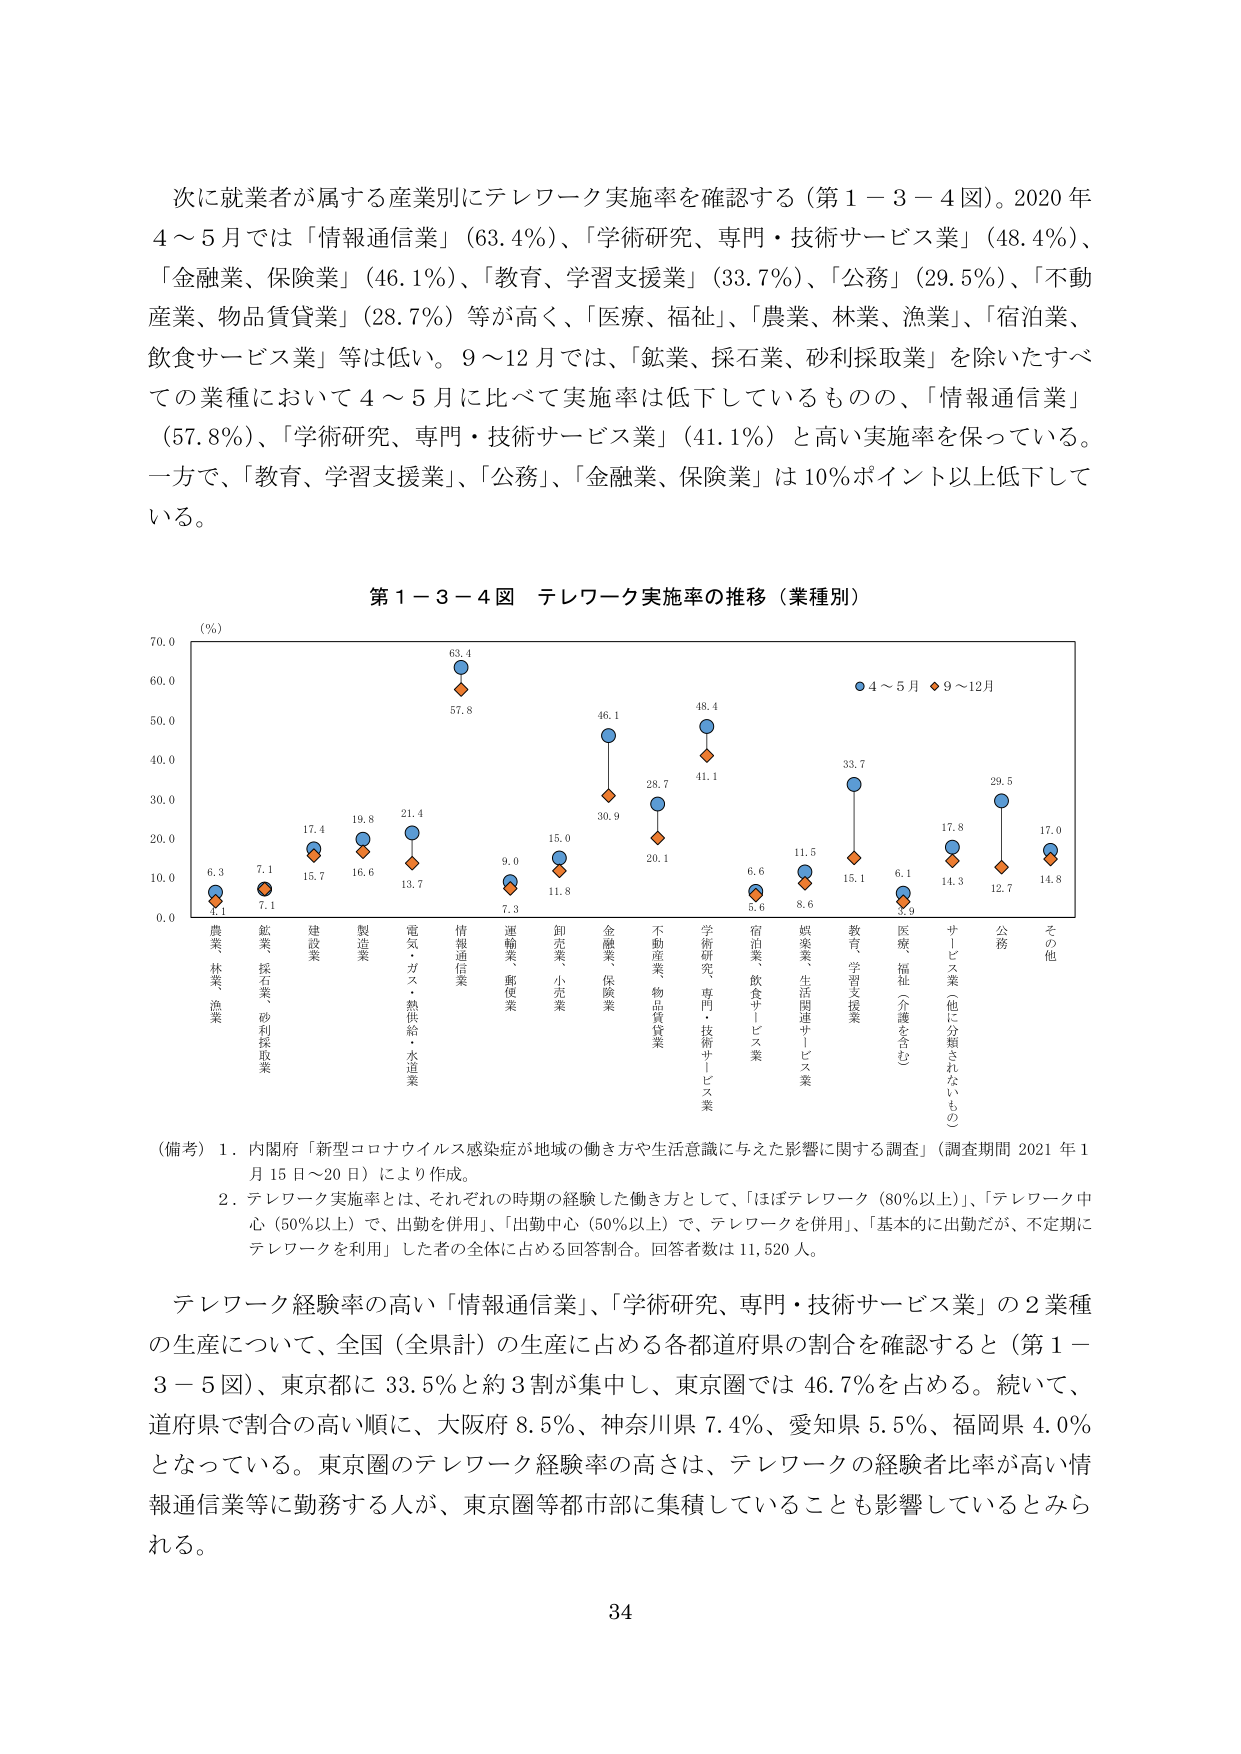
次に就業者が属する産業別にテレワーク実施率を確認する（第1－3－4図）。2020年4～5月では「情報通信業」（63.4％）、「学術研究、専門・技術サービス業」（48.4％）、「金融業、保険業」（46.1％）、「教育、学習支援業」（33.7％）、「公務」（29.5％）、「不動産業、物品賃貸業」（28.7％）等が高く、「医療、福祉」、「農業、林業、漁業」、「宿泊業、飲食サービス業」等は低い。9～12月では、「鉱業、採石業、砂利採取業」を除いたすべての業種において4～5月に比べて実施率は低下しているものの、「情報通信業」（57.8％）、「学術研究、専門・技術サービス業」（41.1％）と高い実施率を保っている。一方で、「教育、学習支援業」、「公務」、「金融業、保険業」は10％ポイント以上低下している。

第1－3－4図 テレワーク実施率の推移（業種別）

（％）
70.0
60.0
50.0
40.0
30.0
20.0
10.0
0.0

農業
林業
漁業
6.3
4.1

鉱業
採石業
砂利採取業
7.1
7.1

建設業
17.4
15.7

製造業
19.8
16.6

電気・ガス・熱供給・水道業
21.4
13.7

情報通信業
63.4
57.8

運輸業、郵便業
9.0
7.3

卸売業、小売業
15.0
11.8

金融業、保険業
46.1
30.9

不動産業、物品賃貸業
28.7
20.1

学術研究、専門・技術サービス業
48.4
41.1

宿泊業、飲食サービス業
6.6
5.6

娯楽業、生活関連サービス業
11.5
8.6

教育、学習支援業
33.7
15.1

医療、福祉（介護を含む）
6.1
3.9

サービス業（他に分類されないもの）
17.8
14.3

公務
29.5
12.7

その他
17.0
14.8

● 4～5月 ◆ 9～12月

（備考）1．内閣府「新型コロナウイルス感染症が地域の働き方や生活意識に与えた影響に関する調査」（調査期間 2021年1月15日～20日）により作成。
2．テレワーク実施率とは、それぞれの時期の経験した働き方として、「ほぼテレワーク（80％以上）」、「テレワーク中心（50％以上）で、出勤を併用」、「出勤中心（50％以上）で、テレワークを併用」、「基本的に出勤だが、不定期にテレワークを利用」した者の全体に占める回答割合。回答者数は11,520人。

テレワーク経験率の高い「情報通信業」、「学術研究、専門・技術サービス業」の2業種の生産について、全国（全県計）の生産に占める各都道府県の割合を確認すると（第1－3－5図）、東京都に33.5％と約3割が集中し、東京圏では46.7％を占める。続いて、道府県で割合の高い順に、大阪府8.5％、神奈川県7.4％、愛知県5.5％、福岡県4.0％となっている。東京圏のテレワーク経験率の高さは、テレワークの経験者比率が高い情報通信業等に勤務する人が、東京圏等都市部に集積していることも影響しているとみられる。

34